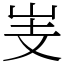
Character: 㞿